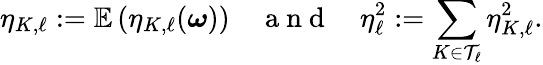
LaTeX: \eta_{K,\ell}:=\mathbb E\left(\eta_{K,\ell}(\boldsymbol\omega)\right)\quad\mathrm{~a~n~d~}\quad\eta_{\ell}^{2}:=\sum_{K\in\mathcal{T}_{\ell}}\eta_{K,\ell}^{2}.